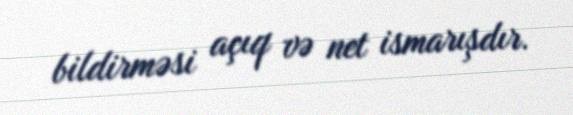
bildirməsi açıq və net ismarışdır.